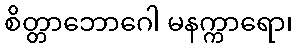
စိတ္တာဘောဂေါ မနက္ကာရော၊